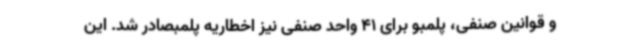
و قوانین صنفی، پلمبو برای 41 واحد صنفی نیز اخطاریه پلمبصادر شد. این